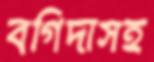
বগিদাসহ